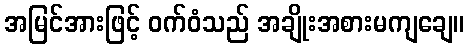
အမြင်အားဖြင့် ဝက်ဝံသည် အချိုးအစားမကျချေ။